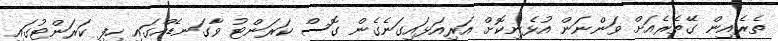
ތެރެއިން ގޭތެރެއަށް ވަންނަން އުޅެނިކޮށް އަރިއަޅައިގަނެގެން ގޮސް ކަރަންޓު ވާގަނޑެއްގައި ހިފި ކަރަންޓުގައި